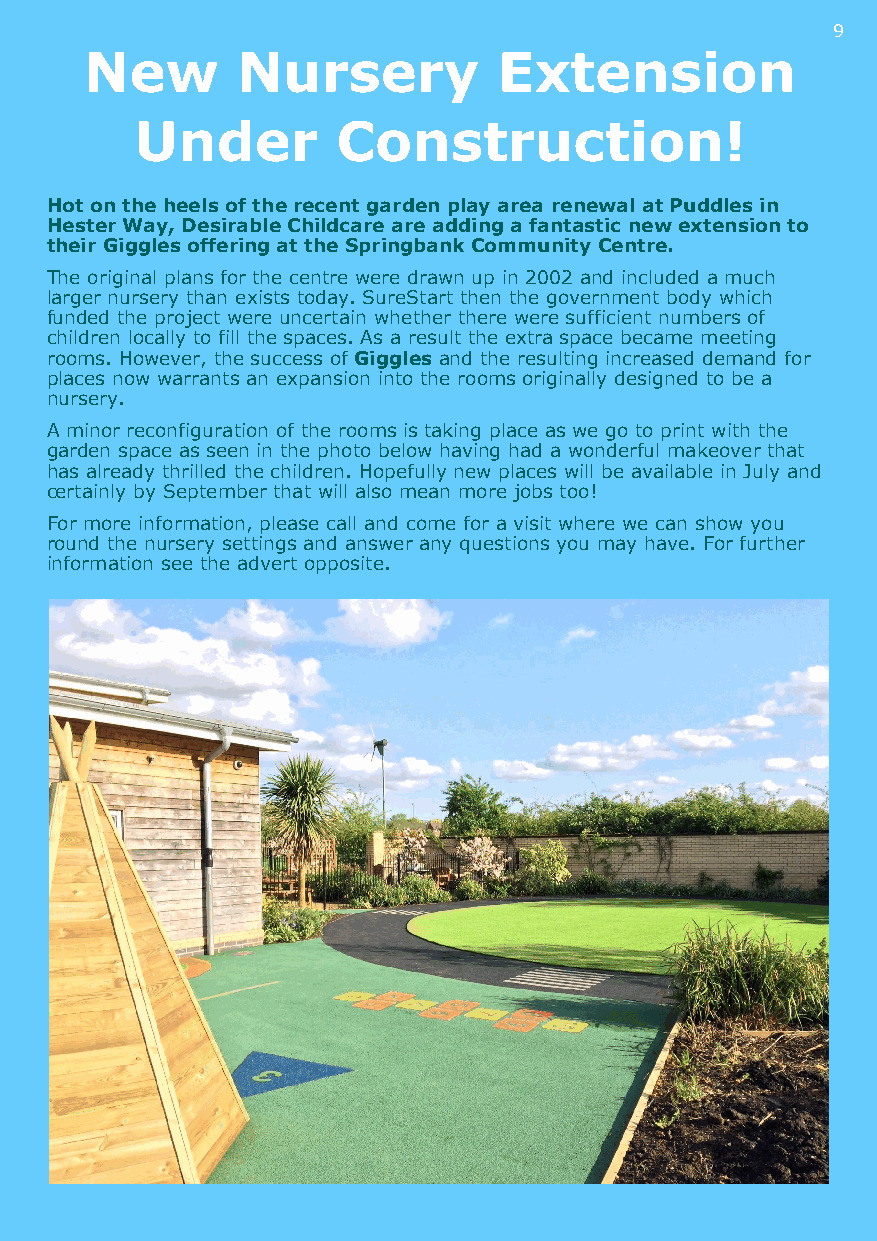
9
 New       Nursery          Extension
 Under        Construction!
 Hot on the heels of the recent garden play area renewal at Puddles in
 Hester Way, Desirable Childcare are adding a fantastic new extension to
 their Giggles offering at the Springbank Community Centre.
 The original plans for the centre were drawn up in 2002 and included a much
 larger nursery than exists today. SureStart then the government body which
 funded the project were uncertain whether there were sufficient numbers of
 children locally to fill the spaces. As a result the extra space became meeting
 rooms. However, the success of Giggles and the resulting increased demand for
 places now warrants an expansion into the rooms originally designed to be a
 nursery.
 A minor reconfiguration of the rooms is taking place as we go to print with the
 garden space as seen in the photo below having had a wonderful makeover that
 has already thrilled the children. Hopefully new places will be available in July and
 certainly by September that will also mean more jobs too!
 For more information, please call and come for a visit where we can show you
 round the nursery settings and answer any questions you may have. For further
 information see the advert opposite.